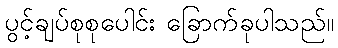
ပွင့်ချပ်စုစုပေါင်း ခြောက်ခုပါသည်။